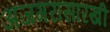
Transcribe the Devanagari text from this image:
अजगरासारखी